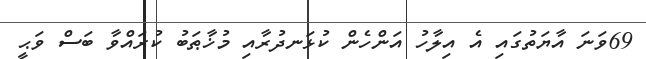
69ވަނަ އާޔަތުގައި އެ އިލާހު އަންހެން ކުޅަނދުރާއި މުޚާޠަބު ކުރައްވާ ބަސް ވަޙީ